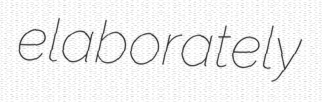
elaborately